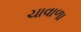
ચાવાળા